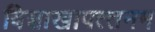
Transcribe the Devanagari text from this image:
विशाखापत्‍तनम